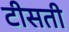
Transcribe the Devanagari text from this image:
टीसती